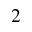
^ { 2 }